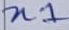
Text: n1